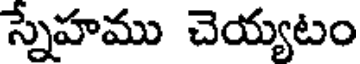
స్నేహము చెయ్యటం